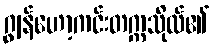
ဂျွန်ဟော့ကင်းတက္ကသိုလ်၏